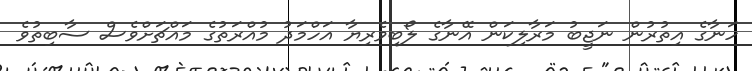
ހަނާގެ އިތުރުން ނަޖީބު މަރާލިކަން އޭނާގެ ލޯބިވެރިޔާ އަހްމަދު މުއްރަތުގެ މައްޗަށްވެސް ސާބިތުވެ